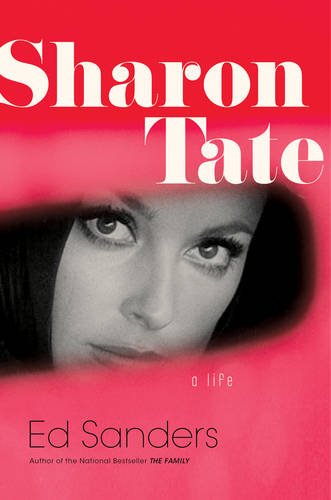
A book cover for Sharon Tate: A Life; Ed Sanders; Humor & Entertainment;